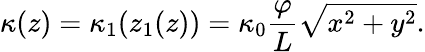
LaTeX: \kappa(z)=\kappa_{1}(z_{1}(z))=\kappa_{0}\frac{\varphi}{L}\sqrt{x^{2}+y^{2}}.